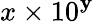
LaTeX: x\times10^{\mathbf{y}}